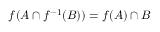
f ( A \cap f ^ { - 1 } ( B ) ) = f ( A ) \cap B